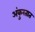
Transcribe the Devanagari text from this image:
अंकुरतात